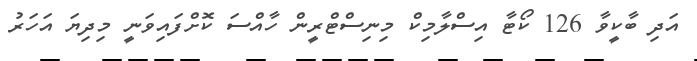
އަދި ބާކީވާ 126 ކޯޓާ އިސްލާމިކް މިނިސްޓްރީން ހާއްސަ ކޮށްފައިވަނީ މިދިޔަ އަހަރު